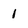
Character: 1